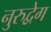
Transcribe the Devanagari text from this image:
नुरुद्वेग